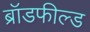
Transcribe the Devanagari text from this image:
ब्रॉडफील्ड